Report of the Hyderabad Chloroform Commission
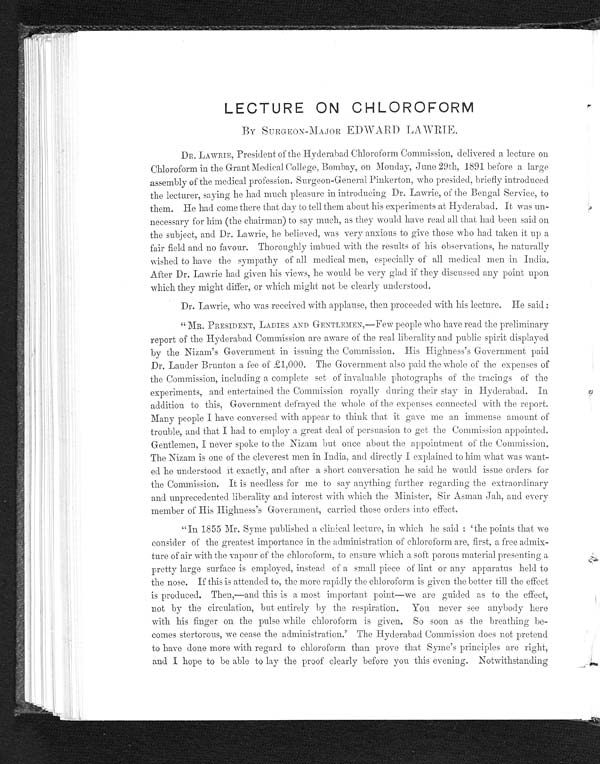
LECTURE ON CHLOROFORM
BY SURGEON-MAJOR EDWARD LAWRIE.
DR. LAWRIE, President of the Hyderabad Chloroform Commission, delivered a lecture on
Chloroform in the Grant Medical College, Bombay, on Monday, June 29th, 1891 before a large
assembly of the medical profession. Surgeon-General Pinkerton, who presided, briefly introduced
the lecturer, saying he had much pleasure in introducing Dr. Lawrie, of the Bengal Service, to
them. He had come there that day to tell them about his experiments at Hyderabad. It was un-
necessary for him (the chairman) to say much, as they would have read all that had been said on
the subject, and Dr. Lawrie, he believed, was very anxious to give those who had taken it up a
fair field and no favour. Thoroughly imbued with the results of his observations, he naturally
wished to have the sympathy of all medical men, especially of all medical men in India.
After Dr. Lawrie had given his views, he would be very glad if they discussed any point upon
which they might differ, or which might not be clearly understood.
Dr. Lawrie, who was received with applause, then proceeded with his lecture. He said:
"MR. PRESIDENT, LADIES AND GENTLEMEN,—Few people who have read the preliminary
report of the Hyderabad Commission are aware of the real liberality and public spirit displayed
by the Nizam's Government in issuing the Commission. His Highness's Government paid
Dr. Lauder Brunton a fee of £1,000. The Government also paid the whole of the expenses of
the Commission, including a complete set of invaluable photographs of the tracings of the
experiments, and entertained the Commission royally during their stay in Hyderabad. In
addition to this, Government defrayed the whole of the expenses connected with the report.
Many people I have conversed with appear to think that it gave me an immense amount of
trouble, and that I had to employ a great deal of persuasion to get the Commission appointed.
Gentlemen, I never spoke to the Nizam but once about the appointment of the Commission.
The Nizam is one of the cleverest men in India, and directly I explained to him what was want-
ed he understood it exactly, and after a short conversation he said he would issue orders for
the Commission. It is needless for me to say anything further regarding the extraordinary
and unprecedented liberality and interest with which the Minister, Sir Asman Jab, and every
member of His Highness's Government, carried those orders into effect.
"In 1855 Mr. Syme published a clinical lecture, in which he said: 'the points that we
consider of the greatest importance in the administration of chloroform are, first, a free admix-
-ture of air with the vapour of the chloroform, to ensure which a soft porous material presenting a
pretty large surface is employed, instead of a small piece of lint or any apparatus held to
the nose. If this is attended to, the more rapidly the chloroform is given the better till the effect
is produced. Then,—and this is a most important point—we are guided as to the effect,
not by the circulation, but entirely by the respiration. You never see anybody here
with his finger on the pulse while chloroform is given. So soon as the breathing be--
comes stertorous, we cease the administration.' The Hyderabad Commission does not pretend
to have done more with regard to chloroform than prove that Syme's principles are right,
and I hope to be able to lay the proof clearly before you this evening. Notwithstanding